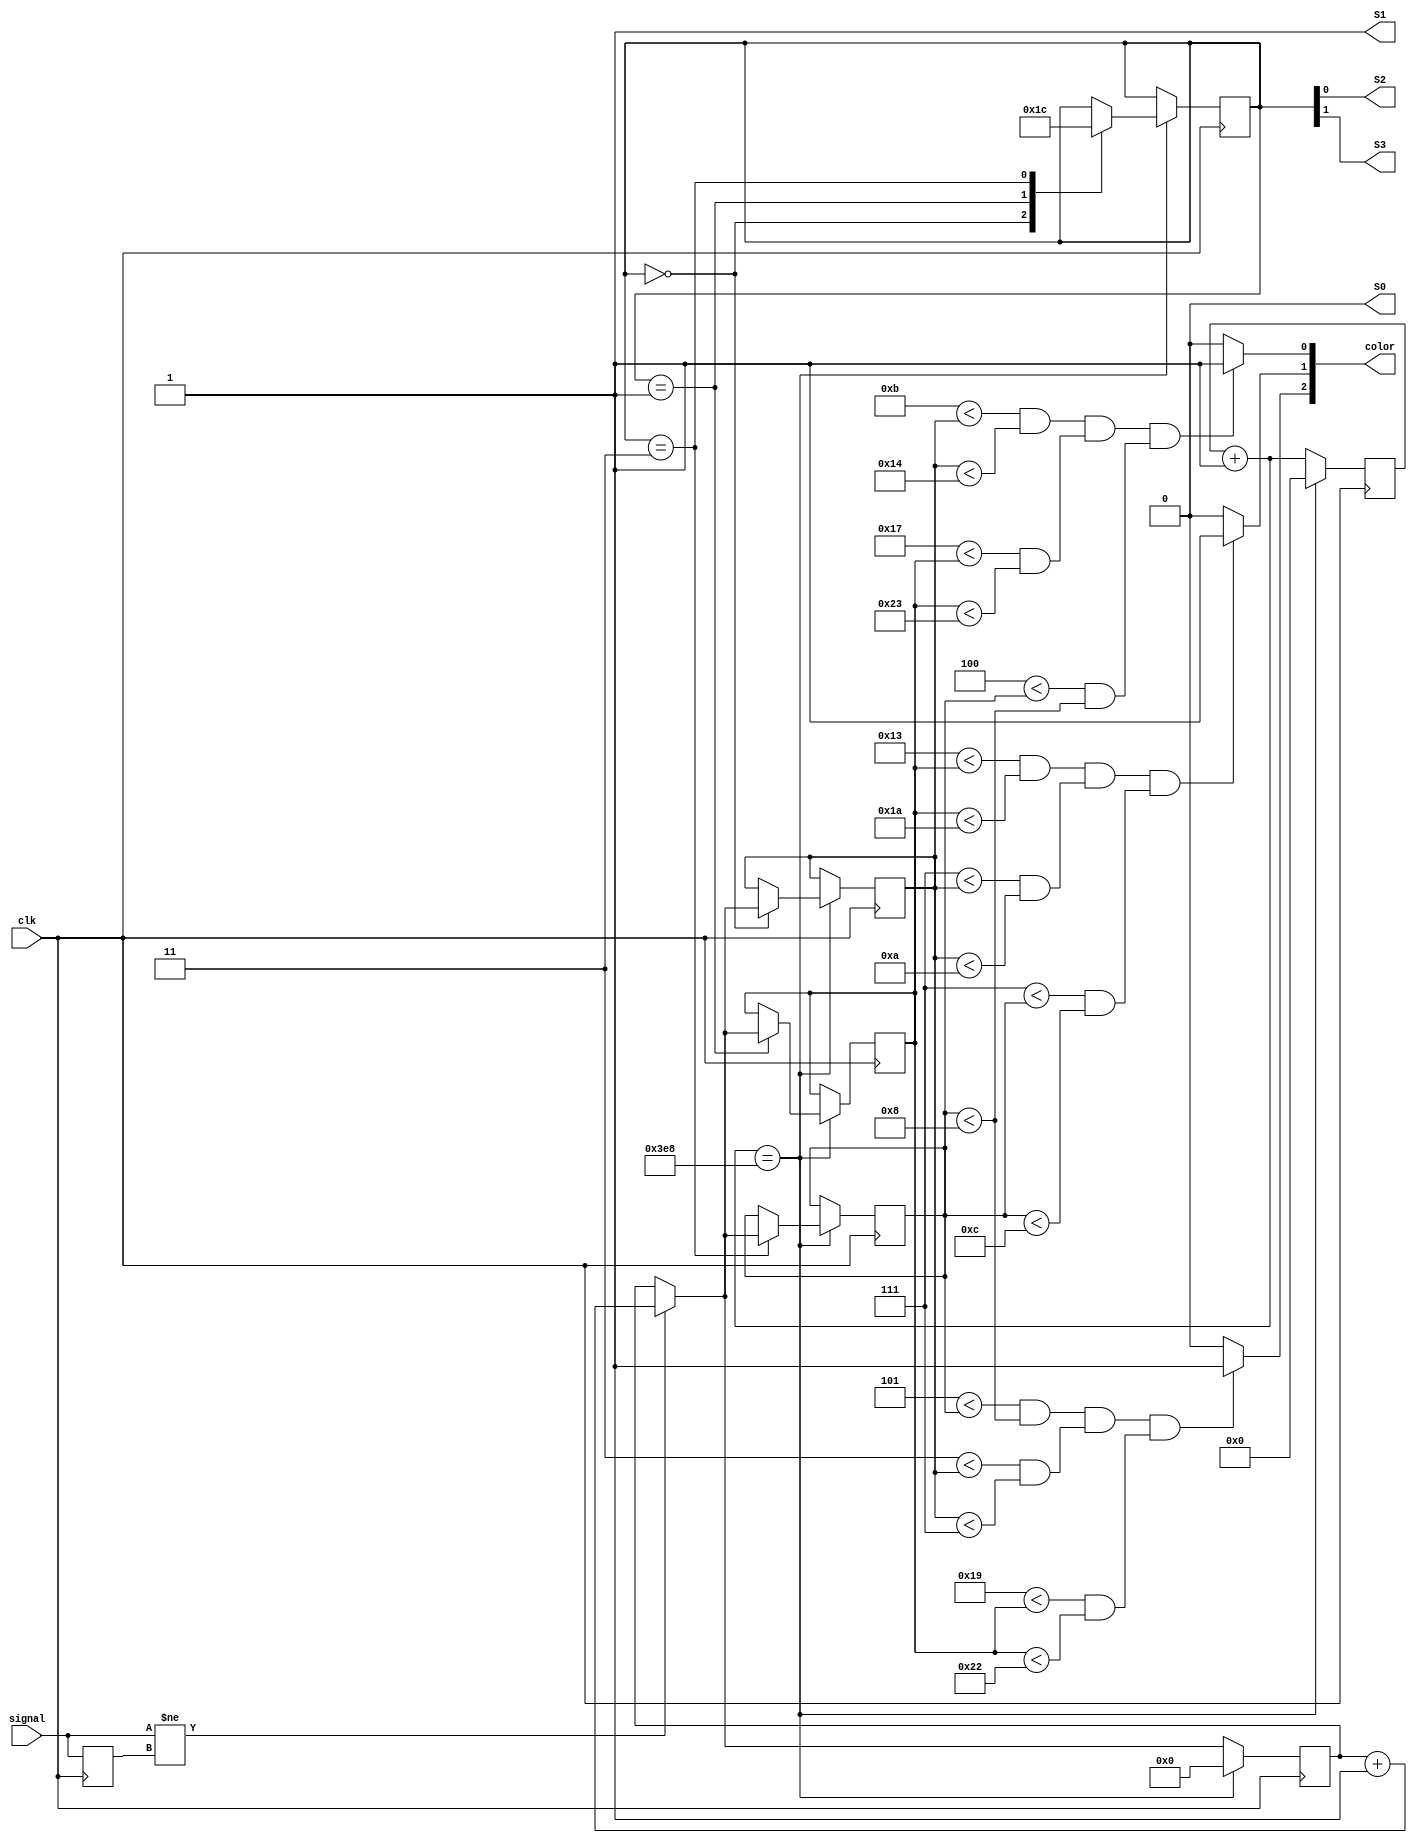
module sm_0535_colour_sensor_detection(
	output S0,
	output S1,
	output S2,
	output S3,
	input signal,
	output [2:0] color,
	input clk

);

	reg r_S0 = 0;
	reg r_S1 = 1;
	reg [1:0] r_color = 2'b00;
	reg [6:0] r_red ;
	reg [6:0] r_blue;
	reg [6:0] r_green;
	reg [12:0] clk_counter = 0;
	reg [6:0] freq_counter = 0;
	
	
	
	reg old_sig = 0 ;
	
	assign S0 = r_S0;
	assign S1 = r_S1;
	assign S2 = r_color[0]; 
	assign S3 = r_color[1];
	

	assign color[0] = (6'h0B < r_red & r_red < 6'h14) & (6'h17 < r_blue & r_blue < 6'h23) & (6'h04 < r_green & r_green < 6'h08) ? 1:0; //r_red     
	assign color[1] = (6'h13 < r_blue & r_blue < 6'h01A) & (6'h07 < r_red & r_red < 6'h0A) & (6'h07 < r_green & r_green < 6'h0C) ? 1:0;//r_blue; 
	assign color[2] = (6'h05 < r_green & r_green < 6'h08) & (6'h03 < r_red & r_red < 6'h07) & (6'h19 < r_blue & r_blue < 6'h22) ? 1:0; //r_green;


	always@(posedge clk) 
	begin
		
		clk_counter = clk_counter + 1;
		
		if (signal != old_sig) 
		begin
			freq_counter = freq_counter + 1;
		end
	
		if ( clk_counter == 1000)
		begin	
			case ( r_color)
			
			2'b00 :    
				begin
					r_red = freq_counter;
					r_color = 2'b01; 
				end
			
			2'b01	: 
				begin
					r_blue = freq_counter;
					r_color = 2'b11; 
				end
				
			2'b11 : 
				begin
					r_green = freq_counter;
					r_color = 2'b00; 
				end
				
			endcase
			
			
			clk_counter = 0;
			freq_counter = 0;
			
		end
		

		old_sig = signal;
	end	
	

endmodule